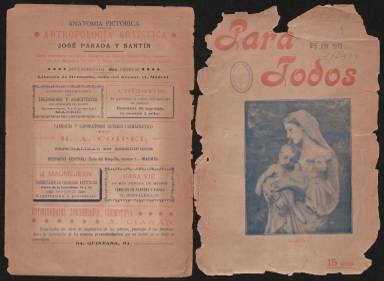
Título: Para todos (Madrid. 1902)
Colección: Revistas de información general
Ámbito geográfico: Madrid
Lugar de publicación: Madrid
Fechas: 15/10/1902-30/06/1903